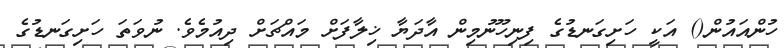
ހުންއައުން() އަކީ ހަށިގަނޑުގެ ފިނިހޫނުމިން އާދަޔާ ޚިލާފަށް މައްޗަށް ދިއުމެވެ. ނުވަތަ ހަށިގަނޑުގެ